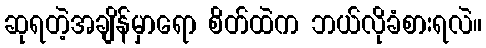
ဆုရတဲ့အချိန်မှာရော စိတ်ထဲက ဘယ်လိုခံစားရလဲ။